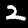
Label: 2